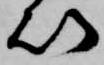
以